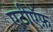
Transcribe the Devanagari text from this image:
एटीऍफ़